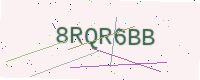
Text: 8RQR6BB